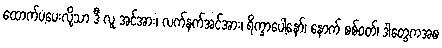
ထောက်ပံ့ပေးလို့သာ ဒီ လူ အင်အား၊ လက်နက်အင်အား၊ ရိက္ခာပေါ့နော်၊ နောက် စစ်ဝတ်၊ ဒါတွေကအစ